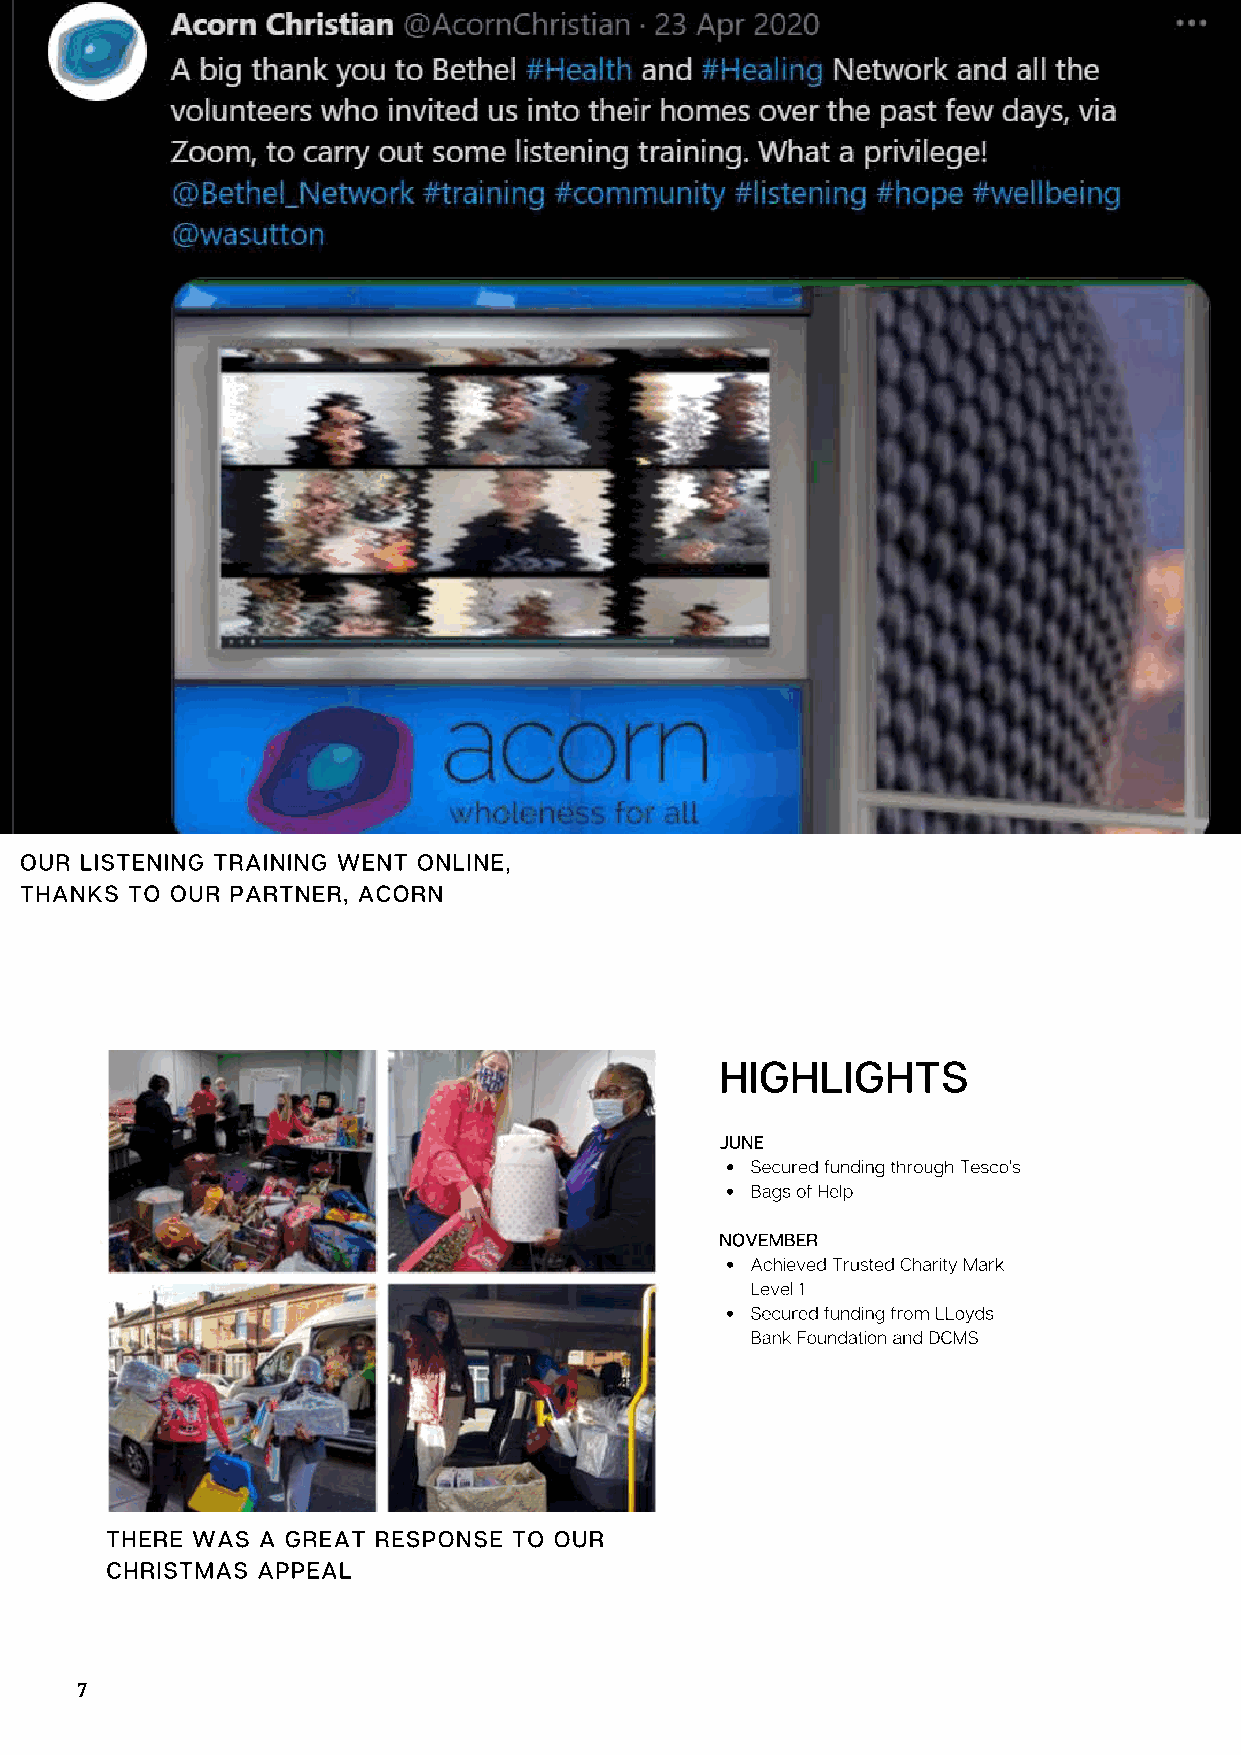
OUR LISTENING TRAINING WENT ONLINE,
 THANKS TO OUR PARTNER, ACORN
 HIGHLIGHTS
 JUNE
 Secured funding through Tesco’s
 Bags of Help
 NOVEMBER
 Achieved Trusted Charity Mark
 Level 1
 Secured funding from LLoyds
 Bank Foundation and DCMS
 THERE WAS A GREAT RESPONSE TO OUR
 CHRISTMAS APPEAL
 7